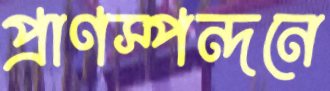
প্রাণস্পন্দনে